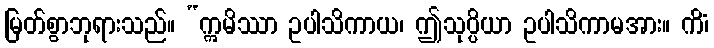
မြတ်စွာဘုရားသည်။ “ဣမိဿာ ဥပါသိကာယ၊ ဤသုပ္ပိယာ ဥပါသိကာမအား။ ကိံ၊